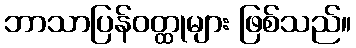
ဘာသာပြန်ဝတ္ထုများ ဖြစ်သည်။